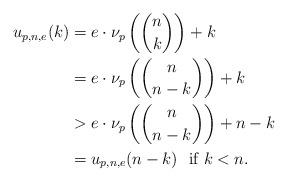
LaTeX: \begin{align*} u_{p,n,e}(k) &= e\cdot\nu_p\left(\binom{n}{k}\right) + k \\ &= e\cdot\nu_p\left(\binom{n}{n-k}\right) + k \\ &> e\cdot\nu_p\left(\binom{n}{n-k}\right) + n-k \\ &= u_{p,n,e}(n-k)\mbox{\ \ if\ } k<n.\end{align*}